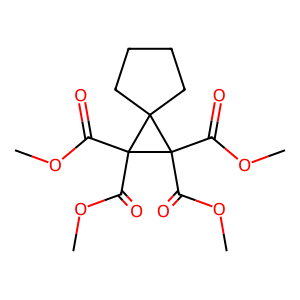
SMILES: COC(=O)C1(C(=O)OC)C2(CCCC2)C1(C(=O)OC)C(=O)OC
Inhibits HIV replication: No